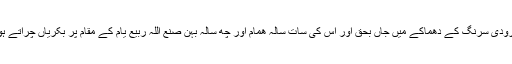
ایک مقامی ذرائع نے بتایا کہ نو سالہ مارش ربیع بارودی سرنگ کے دھماکے میں جاں بحق اور اس کی سات سالہ ھمام اور چھ سالہ بہن صنع اللہ ربیع یام کے مقام پر بکریاں چراتے ہوئے باردی سرنگ کے دھماکے میں زخمی ہوگئے۔